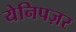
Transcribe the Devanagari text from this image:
येनिपज़र